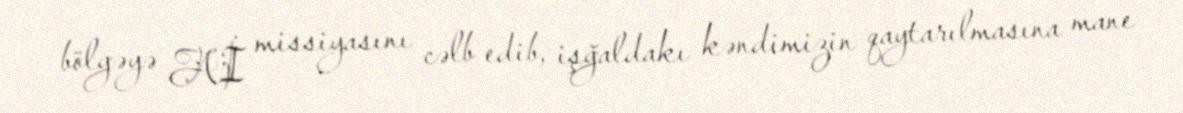
bölgəyə Aİ missiyasını cəlb edib, işğaldakı kəndimizin qaytarılmasına mane